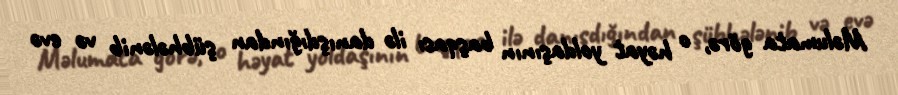
Məlumata görə, o həyat yoldaşının başqası ilə danışdığından şübhələnib və evə